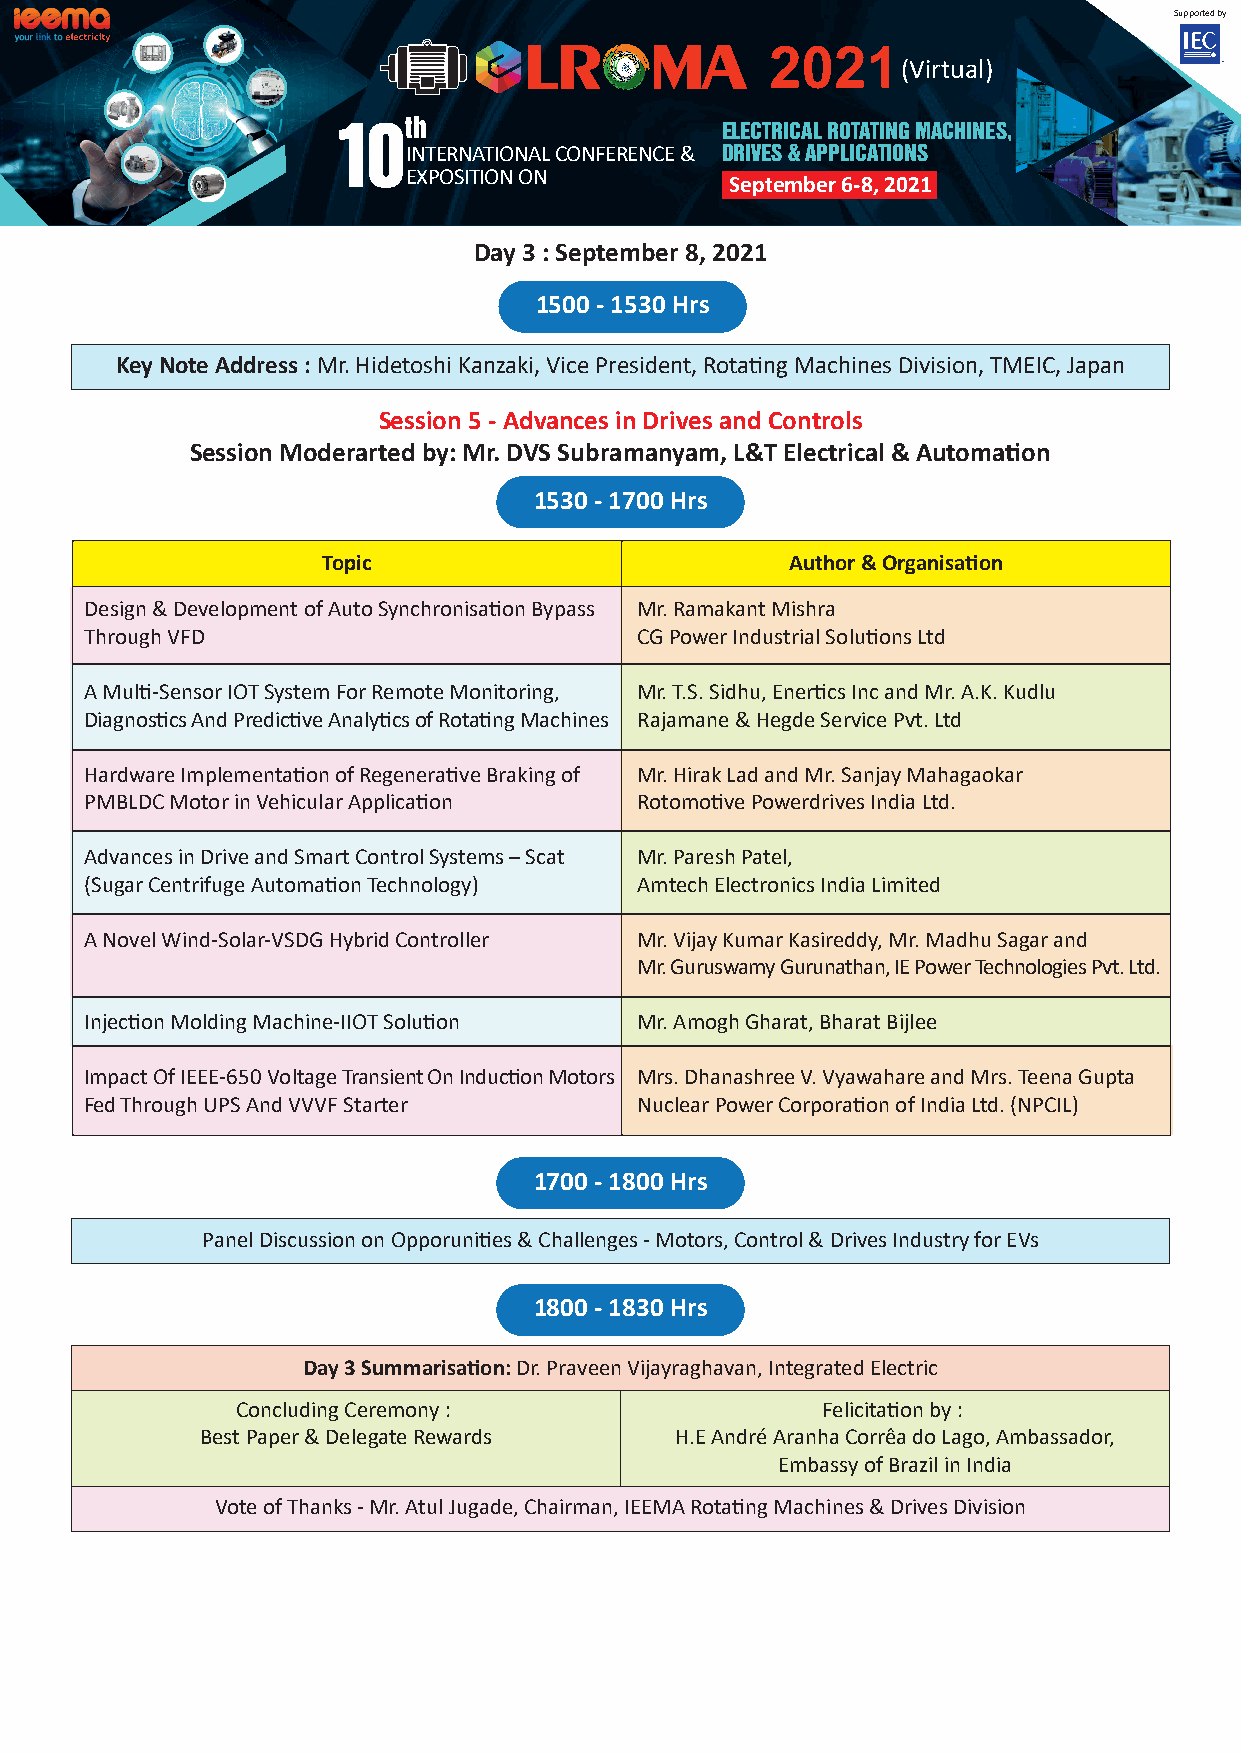
Supported by
 2021
 (Virtual)
 10th                      ELECTRICAL ROTATING MACHINES,
 INTERNATIONAL CONFERENCE & DRIVES & APPLICATIONS
 EXPOSITION ON
 September 6-8, 2021
 Day 3 : September 8, 2021
 1500 - 1530 Hrs
 Key Note Address : Mr. Hidetoshi Kanzaki, Vice President, Rota�ng Machines Division, TMEIC, Japan
 Session 5 - Advances in Drives and Controls
 Session Moderarted by: Mr. DVS Subramanyam, L&T Electrical & Automa�on
 1530 - 1700 Hrs
 Topic                          Author & Organisa�on
 Design & Development of Auto Synchronisa�on Bypass Mr. Ramakant Mishra
 Through VFD                         CG Power Industrial Solu�ons Ltd
 A Mul�-Sensor IOT System For Remote Monitoring, Mr. T.S. Sidhu, Ener�cs Inc and Mr. A.K. Kudlu
 Diagnos�cs And Predic�ve Analy�cs of Rota�ng Machines Rajamane & Hegde Service Pvt. Ltd
 Hardware Implementa�on of Regenera�ve Braking of Mr. Hirak Lad and Mr. Sanjay Mahagaokar
 PMBLDC Motor in Vehicular Applica�on Rotomo�ve Powerdrives India Ltd.
 Advances in Drive and Smart Control Systems – Scat Mr. Paresh Patel,
 (Sugar Centrifuge Automa�on Technology) Amtech Electronics India Limited
 A Novel Wind-Solar-VSDG Hybrid Controller Mr. Vijay Kumar Kasireddy, Mr. Madhu Sagar and
 Mr. Guruswamy Gurunathan, IE Power Technologies Pvt. Ltd.
 Injec�on Molding Machine-IIOT Solu�on Mr. Amogh Gharat, Bharat Bijlee
 Impact Of IEEE-650 Voltage Transient On Induc�on Motors Mrs. Dhanashree V. Vyawahare and Mrs. Teena Gupta
 Fed Through UPS And VVVF Starter    Nuclear Power Corpora�on of India Ltd. (NPCIL)
 1700 - 1800 Hrs
 Panel Discussion on Opporuni�es & Challenges - Motors, Control & Drives Industry for EVs
 1800 - 1830 Hrs
 Day 3 Summarisa�on: Dr. Praveen Vijayraghavan, Integrated Electric
 Concluding Ceremony :                 Felicita�on by :
 Best Paper & Delegate Rewards   H.E André Aranha Corrêa do Lago, Ambassador,
 Embassy of Brazil in India
 Vote of Thanks - Mr. Atul Jugade, Chairman, IEEMA Rota�ng Machines & Drives Division